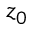
z _ { 0 }